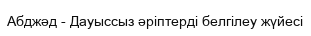
Абджәд - Дауыссыз әріптерді белгілеу жүйесі